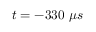
t = - 3 3 0 ~ \mu s